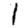
Digit: 1